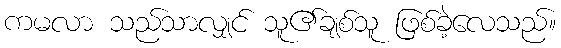
ကမလာ သည်သာလျှင် သူ၏ချစ်သူ ဖြစ်ခဲ့လေသည်။